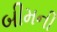
બીમની